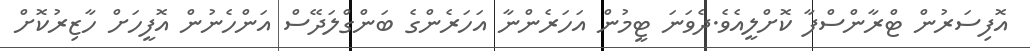
އޮފިސަރުން ޓްރާންސްފާ ކޮށްލީއެވެ.ދެވަނަ ޓީމުން އަހަރެންނާ އަހަރެންގެ ބަންގްލަދޭސް އަންހެނުން އޮފީހަށް ހާޒިރުކޮށް